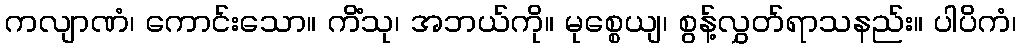
ကလျာဏံ၊ ကောင်းသော။ ကိံသု၊ အဘယ်ကို။ မုစ္စေယျ၊ စွန့်လွှတ်ရာသနည်း။ ပါပိကံ၊